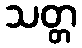
သတ္တ